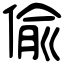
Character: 偸